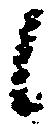
候